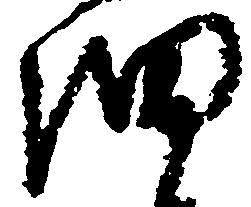
細